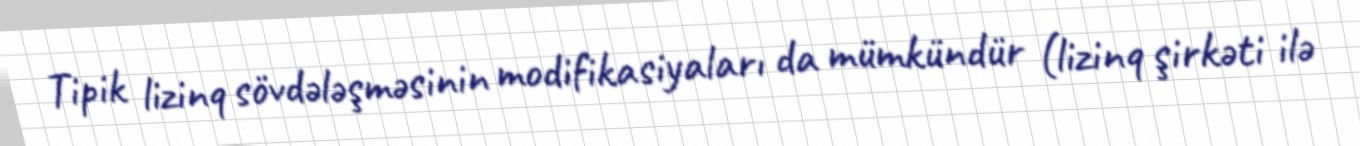
Tipik lizinq sövdələşməsinin modifikasiyaları da mümkündür (lizinq şirkəti ilə